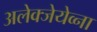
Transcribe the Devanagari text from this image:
अलेक्जेयेव्ना